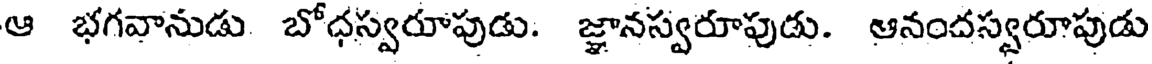
ఆ భగవానుడు బోధస్వరూపుడు. జ్ఞానస్వరూపుడు. ఆనందస్వరూపుడు